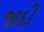
જાદી